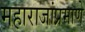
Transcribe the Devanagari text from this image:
महाराजांप्रमाणे